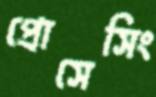
প্রোসেসিং